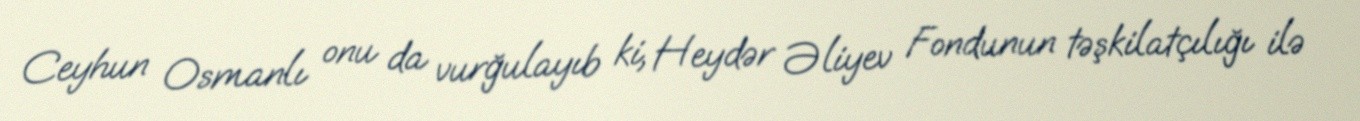
Ceyhun Osmanlı onu da vurğulayıb ki, Heydər Əliyev Fondunun təşkilatçılığı ilə